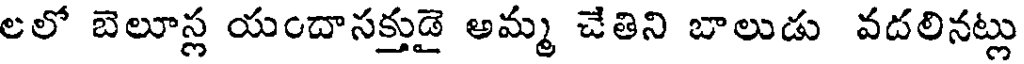
లలో బెలూస్ల యందాసక్తుడై అమ్మ చేతిని బాలుడు వదలినట్లు